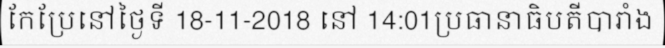
កែប្រែនៅថ្ងៃទី 18-11-2018 នៅ 14:01ប្រធានាធិបតីបារាំង